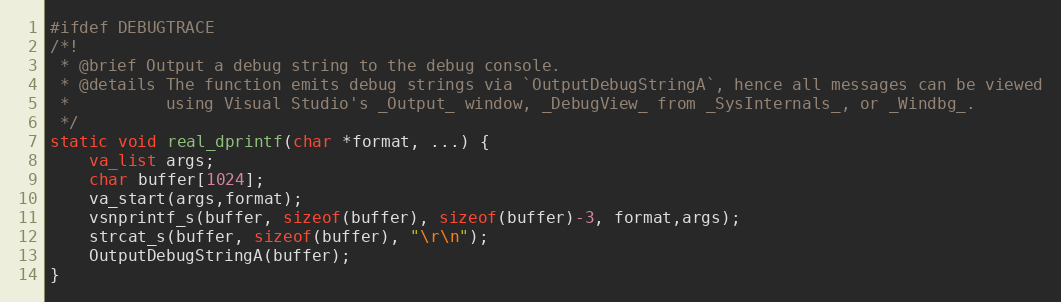
Language: C
#ifdef DEBUGTRACE
/*!
 * @brief Output a debug string to the debug console.
 * @details The function emits debug strings via `OutputDebugStringA`, hence all messages can be viewed
 *          using Visual Studio's _Output_ window, _DebugView_ from _SysInternals_, or _Windbg_.
 */
static void real_dprintf(char *format, ...) {
	va_list args;
	char buffer[1024];
	va_start(args,format);
	vsnprintf_s(buffer, sizeof(buffer), sizeof(buffer)-3, format,args);
	strcat_s(buffer, sizeof(buffer), "\r\n");
	OutputDebugStringA(buffer);
}